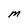
Character: M